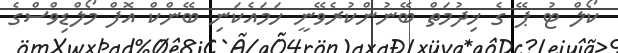
ކޯލް ޓު ޕޭ ގެ ޚިދުމަތް ބޭނުންކުރެވޭނީ ހަމައެކަނި ބޭންކް އޮފް މޯލްޑިވްސްގެ